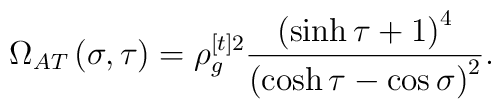
\Omega _{AT}\left( \sigma ,\tau \right) =\rho _{g}^{[t]2}\frac{\left( \sinh\tau +1\right) ^{4}}{\left( \cosh \tau -\cos \sigma \right) ^{2}}.